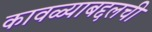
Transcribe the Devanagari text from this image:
कावळ्याबद्दलची